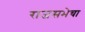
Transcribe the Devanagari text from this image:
राजसभेचा